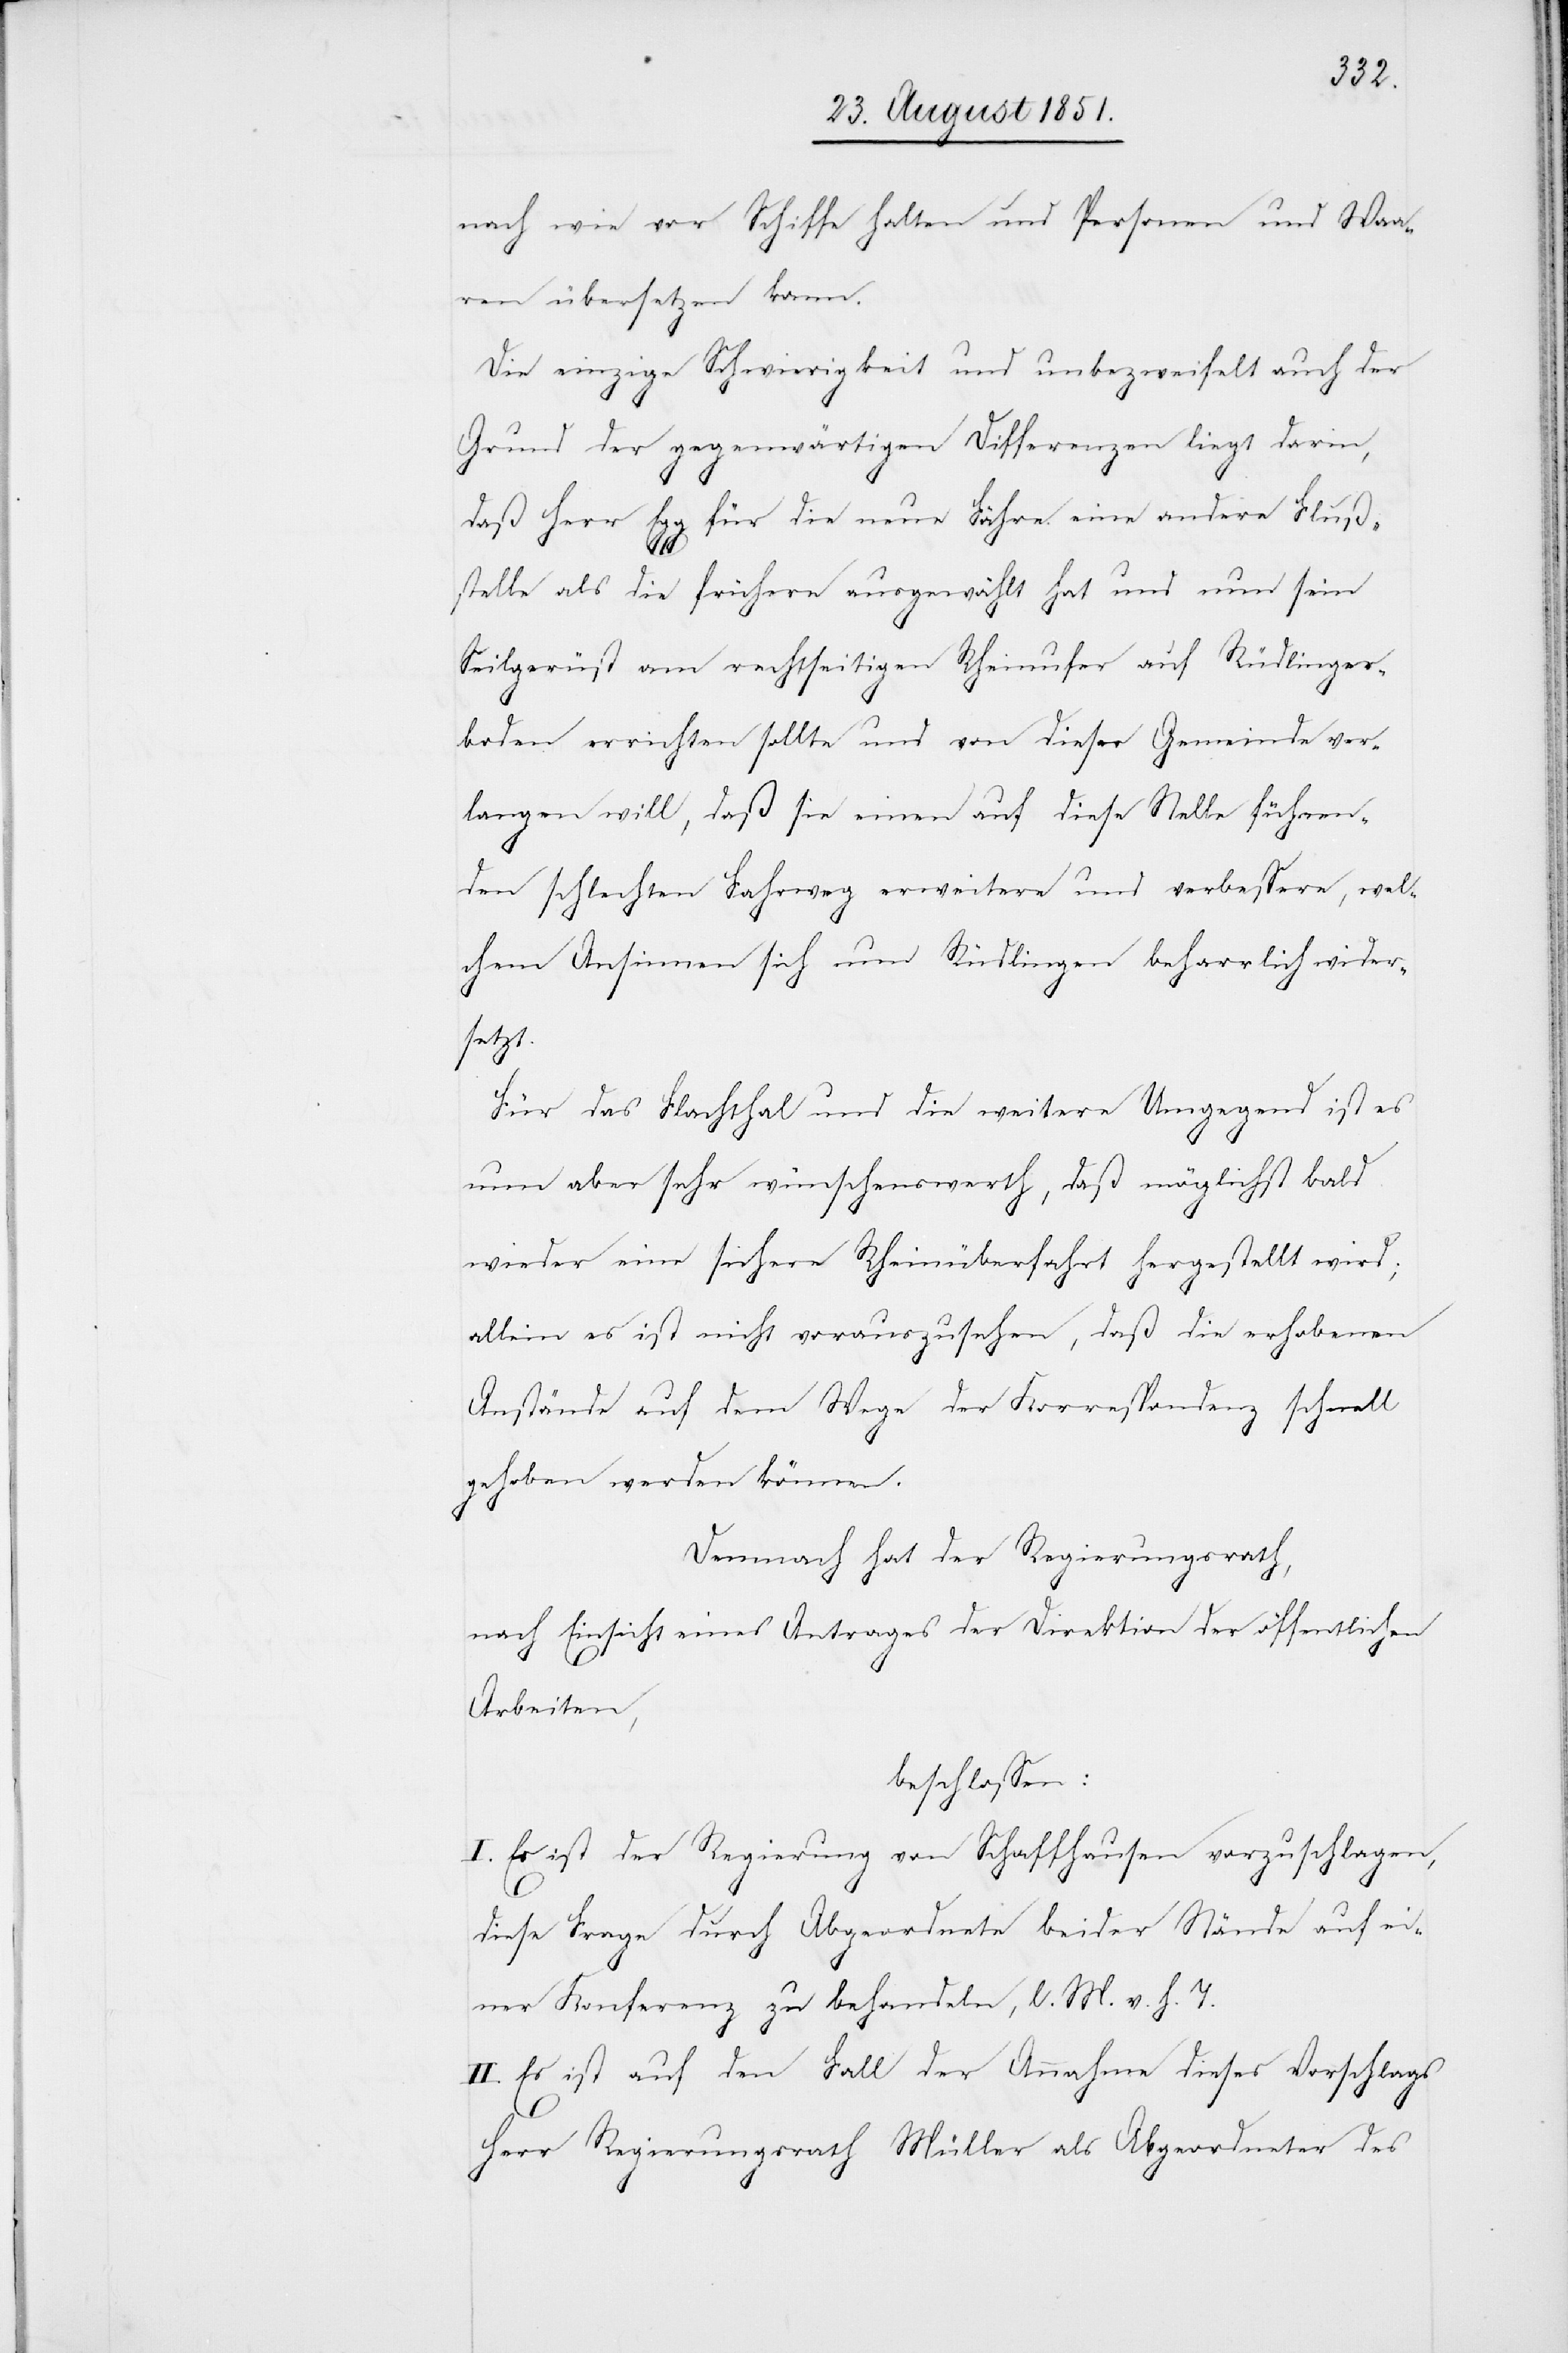
nach wie vor Schiffe halten und Personen und Waa¬
ren übersetzen kann.
Die einzige Schwierigkeit und unbezweifelt auch der
Grund der gegenwärtigen Differenzen liegt darin,
daß Herr Egg für die neue Fähre eine andere Fluß¬
stelle als die frühere ausgewählt hat und nun sein
Seilgerüst am rechtseitigen Rheinufer auf Rüdlinger¬
boden errichten sollte und von dieser Gemeinde ver¬
langen will, daß sie einen auf diese Stelle führen¬
den schlechten Fahrweg erweitere und verbessere, wel¬
chem Ansinnen sich nun Rüdlingen beharrlich wider¬
setzt.
Für das Flachthal und die weitere Umgegend ist es
nun aber sehr wünschenswerth, daß möglichst bald
wieder eine sichere Rheinüberfahrt hergestellt wird;
allein es ist nicht vorauszusehen, daß die erhobenen
Anstände auf dem Wege der Korrespondenz schnell
gehoben werden können.
Demnach hat der Regierungsrath,
nach Einsicht eines Antrages der Direktion der öffentlichen
Arbeiten,
beschlossen:
I. Es ist der Regierung von Schaffhausen vorzuschlagen,
diese Frage durch Abgeordnete beider Stände auf ei¬
ner Konferenz zu behandeln, l. M. v. h. T.
II. Es ist auf den Fall der Annahme dieses Vorschlags
Herr Regierungsrath Müller als Abgeordneter des